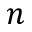
n